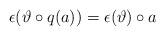
LaTeX: \begin{align*}\epsilon(\vartheta\circ q(a))=\epsilon(\vartheta)\circ a\end{align*}